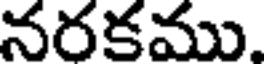
నరకము.